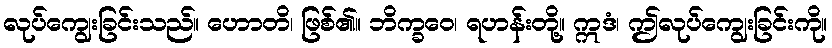
လုပ်ကျွေးခြင်းသည်။ ဟောတိ၊ ဖြစ်၏။ ဘိက္ခဝေ၊ ရဟန်းတို့။ ဣဒံ၊ ဤလုပ်ကျွေးခြင်းကို။